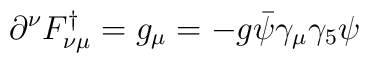
\partial^{\nu}F_{\nu\mu}^{\dagger}=g_\mu = -g\bar{\psi}\gamma_{\mu}\gamma_{5}\psi